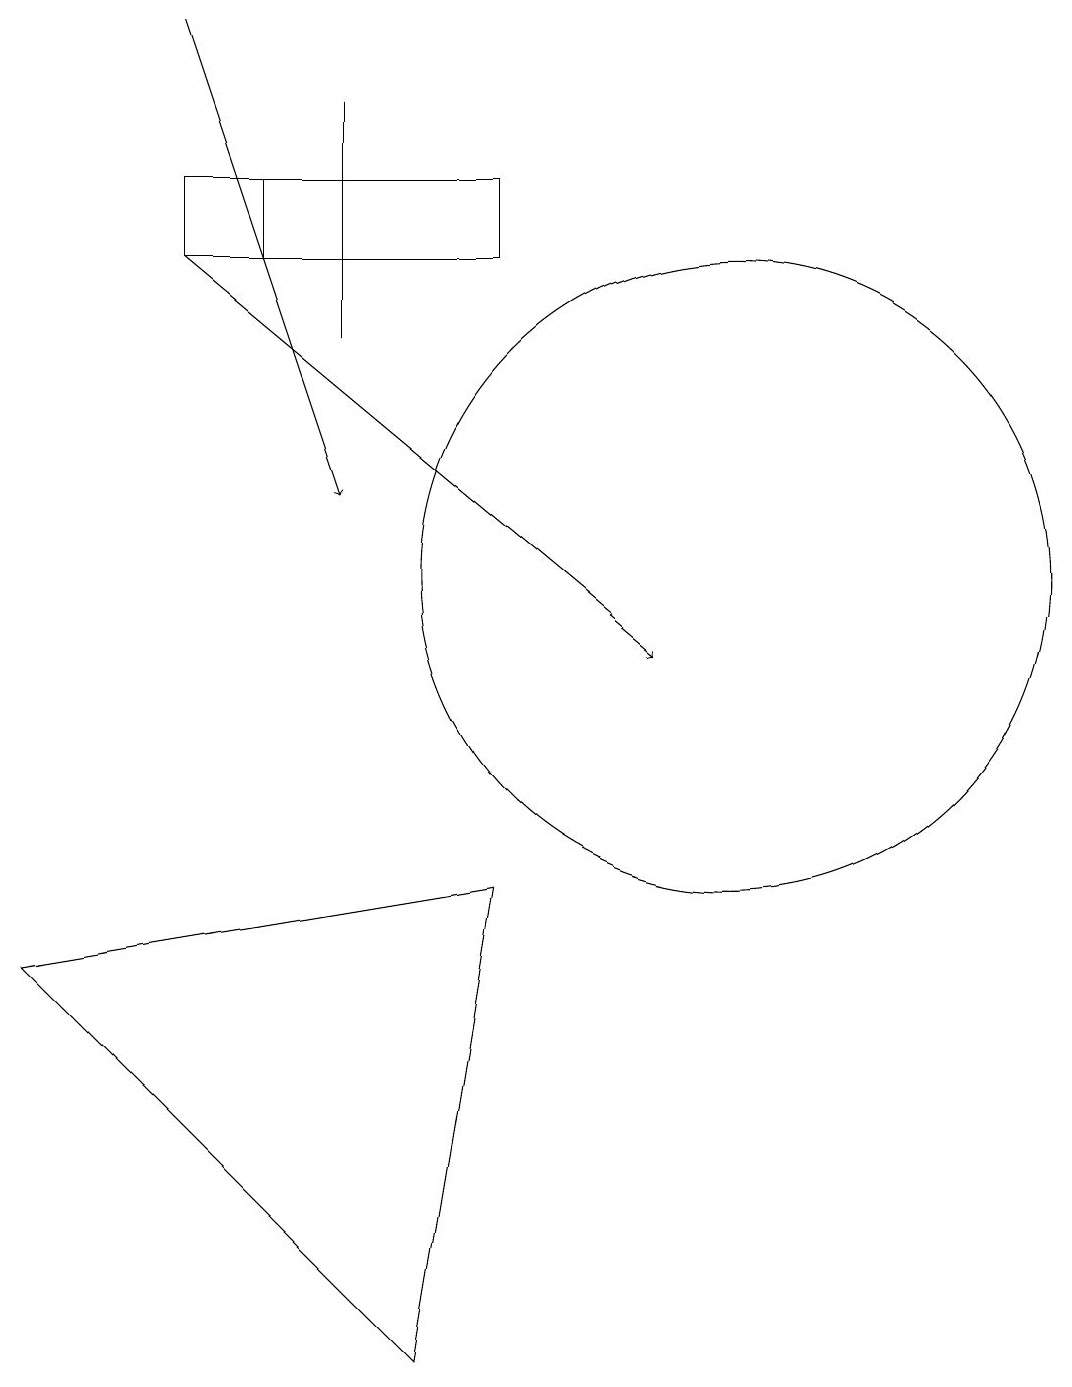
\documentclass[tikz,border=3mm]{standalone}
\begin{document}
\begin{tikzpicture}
\draw (5,17) rectangle (5,14);
\draw (4,15) rectangle (5,16);
\draw (3,15) rectangle (7,16);
\draw[->] (3,18) -- (5,12);
\draw (10,11) circle (4);
\draw[->] (3,15) -- (9,10);
\draw (7,7) -- (1,6) -- (6,1) -- cycle;
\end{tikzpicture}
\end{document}